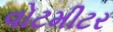
વોટમીટર